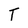
Character: T